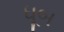
ધૂબ